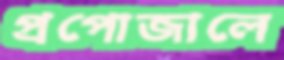
প্রপোজালে